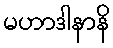
မဟာဒါနာနိ